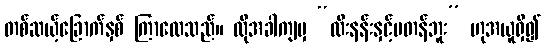
တစ်ဆယ့်ခြောက်နှစ် ကြာလေသည်။ ထိုအခါကျမှ “ထီးနန်းနှင့်မတန်ဘူး” ဟုအယူရှိ၍